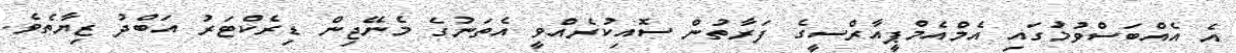
އެ އެއްބަސްވުމުގައި އެމްއެމްޕީއާރްސީގެ ފަރާތުން ސޮއިކުރެއްވީ އެތަނުގެ މެނޭޖިން ޑިރެކްޓަރު އަބްދު ޒިޔާތެވެ.